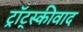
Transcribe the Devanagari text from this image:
ट्रॉट्स्कीवाद